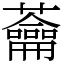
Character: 蘥